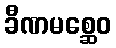
ခီဏမစ္ဆေဝ